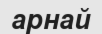
арнай